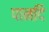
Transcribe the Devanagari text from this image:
पानदि